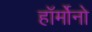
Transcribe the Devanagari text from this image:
हॉर्मोनो